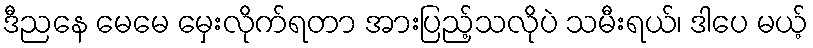
ဒီညနေ မေမေ မှေးလိုက်ရတာ အားပြည့်သလိုပဲ သမီးရယ်၊ ဒါပေ မယ့်